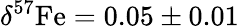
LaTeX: \delta^{57}\mathrm{Fe}=0.05\pm 0.01